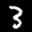
Label: 3